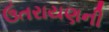
ઉતરાયણની